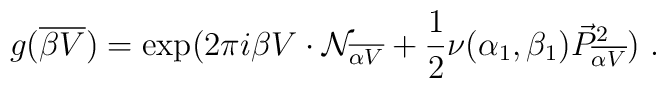
g({\overline {\beta V}}) = \exp (2\pi i \beta V \cdot {\cal N}_{\overline {\alpha V}} +{1\over 2} \nu(\alpha_1 ,\beta_1) {\vec P}^2_{\overline {\alpha V}} )~.